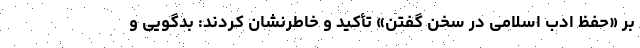
بر «حفظ ادب اسلامی در سخن گفتن» تأکید و خاطرنشان کردند: بدگویی و